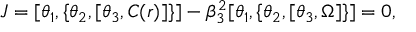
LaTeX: J = [ \theta _ { 1 } , \{ \theta _ { 2 } , [ \theta _ { 3 } , C ( r ) ] \} ] - \beta _ { 3 } ^ { 2 } [ \theta _ { 1 } , \{ \theta _ { 2 } , [ \theta _ { 3 } , \Omega ] \} ] = 0 ,